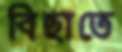
বিছাতে